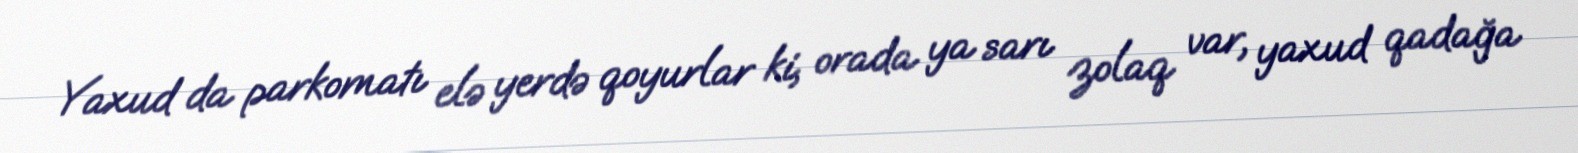
Yaxud da parkomatı elə yerdə qoyurlar ki, orada ya sarı zolaq var, yaxud qadağa